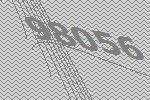
98056